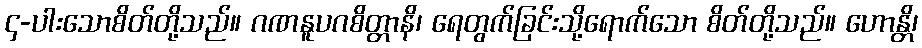
၄-ပါးသောစိတ်တို့သည်။ ဂဏနူပဂစိတ္တာနိ၊ ရေတွက်ခြင်းသို့ရောက်သော စိတ်တို့သည်။ ဟောန္တိ၊